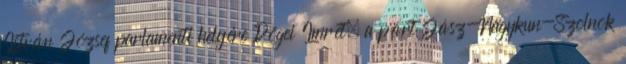
István József parlamenti helyére Dögei Imrét, a párt Jász-Nagykun-Szolnok